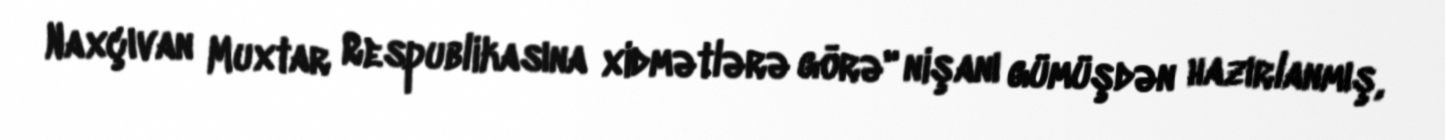
Naxçıvan Muxtar Respublikasına xidmətlərə görə" nişanı gümüşdən hazırlanmış,